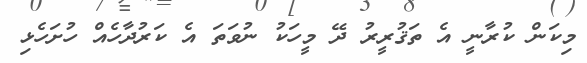
މިކަން ކުރާނީ އެ ތަޤުރީރު ދޭ މީހަކު ނުވަތަ އެ ކަރުދާހެއް ހުށަހެޅި